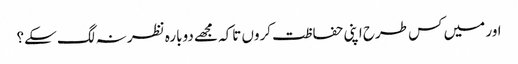
اور میں کس طرح اپنی حفاظت کروں تاکہ مجھے دوبارہ نظر نہ لگ سکے؟